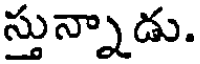
స్తున్నాడు.